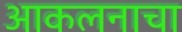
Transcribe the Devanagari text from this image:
आकलनाचा